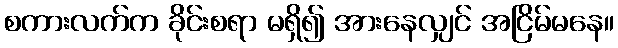
စကားလက်က ခိုင်းစရာ မရှိ၍ အားနေလျှင် အငြိမ်မနေ။